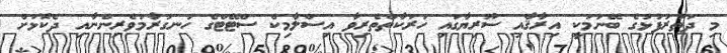
މި ދަތުރުފުޅުގެ ބޭނުމަކީ އިރާޤާއި ސޫރިޔާގައި ހަރަކާތްތެރިވާ އިސްލާމިކް ސްޓޭޓްގެ ހަނގުރާމަވެރިންނާއި ދެކޮޅަށް